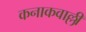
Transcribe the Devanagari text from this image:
कनाकवाल्ली